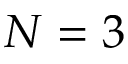
N = 3